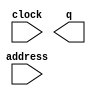
// megafunction wizard: %ROM: 1-PORT%VBB%
// GENERATION: STANDARD
// VERSION: WM1.0
// MODULE: altsyncram 

// ============================================================
// Megafunction Name(s):
// 			altsyncram
//
// Simulation Library Files(s):
// 			altera_mf
// ============================================================
// ************************************************************
// THIS IS A WIZARD-GENERATED FILE. DO NOT EDIT THIS FILE!
//
// 14.0.0 Build 200 06/17/2014 SJ Web Edition
// ************************************************************

//Copyright (C) 1991-2014 Altera Corporation. All rights reserved.
//Your use of Altera Corporation's design tools, logic functions 
//and other software and tools, and its AMPP partner logic 
//functions, and any output files from any of the foregoing 
//(including device programming or simulation files), and any 
//associated documentation or information are expressly subject 
//to the terms and conditions of the Altera Program License 
//Subscription Agreement, the Altera Quartus II License Agreement,
//the Altera MegaCore Function License Agreement, or other 
//applicable license agreement, including, without limitation, 
//that your use is for the sole purpose of programming logic 
//devices manufactured by Altera and sold by Altera or its 
//authorized distributors.  Please refer to the applicable 
//agreement for further details.

module cueballROM (
	address,
	clock,
	q);

	input	[7:0]  address;
	input	  clock;
	output	[3:0]  q;
`ifndef ALTERA_RESERVED_QIS
// synopsys translate_off
`endif
	tri1	  clock;
`ifndef ALTERA_RESERVED_QIS
// synopsys translate_on
`endif

endmodule

// ============================================================
// CNX file retrieval info
// ============================================================
// Retrieval info: PRIVATE: ADDRESSSTALL_A NUMERIC "0"
// Retrieval info: PRIVATE: AclrAddr NUMERIC "0"
// Retrieval info: PRIVATE: AclrByte NUMERIC "0"
// Retrieval info: PRIVATE: AclrOutput NUMERIC "0"
// Retrieval info: PRIVATE: BYTE_ENABLE NUMERIC "0"
// Retrieval info: PRIVATE: BYTE_SIZE NUMERIC "8"
// Retrieval info: PRIVATE: BlankMemory NUMERIC "0"
// Retrieval info: PRIVATE: CLOCK_ENABLE_INPUT_A NUMERIC "0"
// Retrieval info: PRIVATE: CLOCK_ENABLE_OUTPUT_A NUMERIC "0"
// Retrieval info: PRIVATE: Clken NUMERIC "0"
// Retrieval info: PRIVATE: IMPLEMENT_IN_LES NUMERIC "0"
// Retrieval info: PRIVATE: INIT_FILE_LAYOUT STRING "PORT_A"
// Retrieval info: PRIVATE: INIT_TO_SIM_X NUMERIC "0"
// Retrieval info: PRIVATE: INTENDED_DEVICE_FAMILY STRING "Cyclone IV E"
// Retrieval info: PRIVATE: JTAG_ENABLED NUMERIC "1"
// Retrieval info: PRIVATE: JTAG_ID STRING "cue"
// Retrieval info: PRIVATE: MAXIMUM_DEPTH NUMERIC "0"
// Retrieval info: PRIVATE: MIFfilename STRING "../colorMap/colorMap/cueball.hex"
// Retrieval info: PRIVATE: NUMWORDS_A NUMERIC "225"
// Retrieval info: PRIVATE: RAM_BLOCK_TYPE NUMERIC "0"
// Retrieval info: PRIVATE: RegAddr NUMERIC "1"
// Retrieval info: PRIVATE: RegOutput NUMERIC "1"
// Retrieval info: PRIVATE: SYNTH_WRAPPER_GEN_POSTFIX STRING "0"
// Retrieval info: PRIVATE: SingleClock NUMERIC "1"
// Retrieval info: PRIVATE: UseDQRAM NUMERIC "0"
// Retrieval info: PRIVATE: WidthAddr NUMERIC "8"
// Retrieval info: PRIVATE: WidthData NUMERIC "4"
// Retrieval info: PRIVATE: rden NUMERIC "0"
// Retrieval info: LIBRARY: altera_mf altera_mf.altera_mf_components.all
// Retrieval info: CONSTANT: ADDRESS_ACLR_A STRING "NONE"
// Retrieval info: CONSTANT: CLOCK_ENABLE_INPUT_A STRING "BYPASS"
// Retrieval info: CONSTANT: CLOCK_ENABLE_OUTPUT_A STRING "BYPASS"
// Retrieval info: CONSTANT: INIT_FILE STRING "../colorMap/colorMap/cueball.hex"
// Retrieval info: CONSTANT: INTENDED_DEVICE_FAMILY STRING "Cyclone IV E"
// Retrieval info: CONSTANT: LPM_HINT STRING "ENABLE_RUNTIME_MOD=YES,INSTANCE_NAME=cue"
// Retrieval info: CONSTANT: LPM_TYPE STRING "altsyncram"
// Retrieval info: CONSTANT: NUMWORDS_A NUMERIC "225"
// Retrieval info: CONSTANT: OPERATION_MODE STRING "ROM"
// Retrieval info: CONSTANT: OUTDATA_ACLR_A STRING "NONE"
// Retrieval info: CONSTANT: OUTDATA_REG_A STRING "CLOCK0"
// Retrieval info: CONSTANT: WIDTHAD_A NUMERIC "8"
// Retrieval info: CONSTANT: WIDTH_A NUMERIC "4"
// Retrieval info: CONSTANT: WIDTH_BYTEENA_A NUMERIC "1"
// Retrieval info: USED_PORT: address 0 0 8 0 INPUT NODEFVAL "address[7..0]"
// Retrieval info: USED_PORT: clock 0 0 0 0 INPUT VCC "clock"
// Retrieval info: USED_PORT: q 0 0 4 0 OUTPUT NODEFVAL "q[3..0]"
// Retrieval info: CONNECT: @address_a 0 0 8 0 address 0 0 8 0
// Retrieval info: CONNECT: @clock0 0 0 0 0 clock 0 0 0 0
// Retrieval info: CONNECT: q 0 0 4 0 @q_a 0 0 4 0
// Retrieval info: GEN_FILE: TYPE_NORMAL cueballROM.v TRUE
// Retrieval info: GEN_FILE: TYPE_NORMAL cueballROM.inc FALSE
// Retrieval info: GEN_FILE: TYPE_NORMAL cueballROM.cmp FALSE
// Retrieval info: GEN_FILE: TYPE_NORMAL cueballROM.bsf FALSE
// Retrieval info: GEN_FILE: TYPE_NORMAL cueballROM_inst.v FALSE
// Retrieval info: GEN_FILE: TYPE_NORMAL cueballROM_bb.v TRUE
// Retrieval info: LIB_FILE: altera_mf